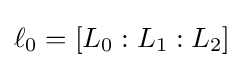
\ell _{0}=[L_{0}:L_{1}:L_{2}]